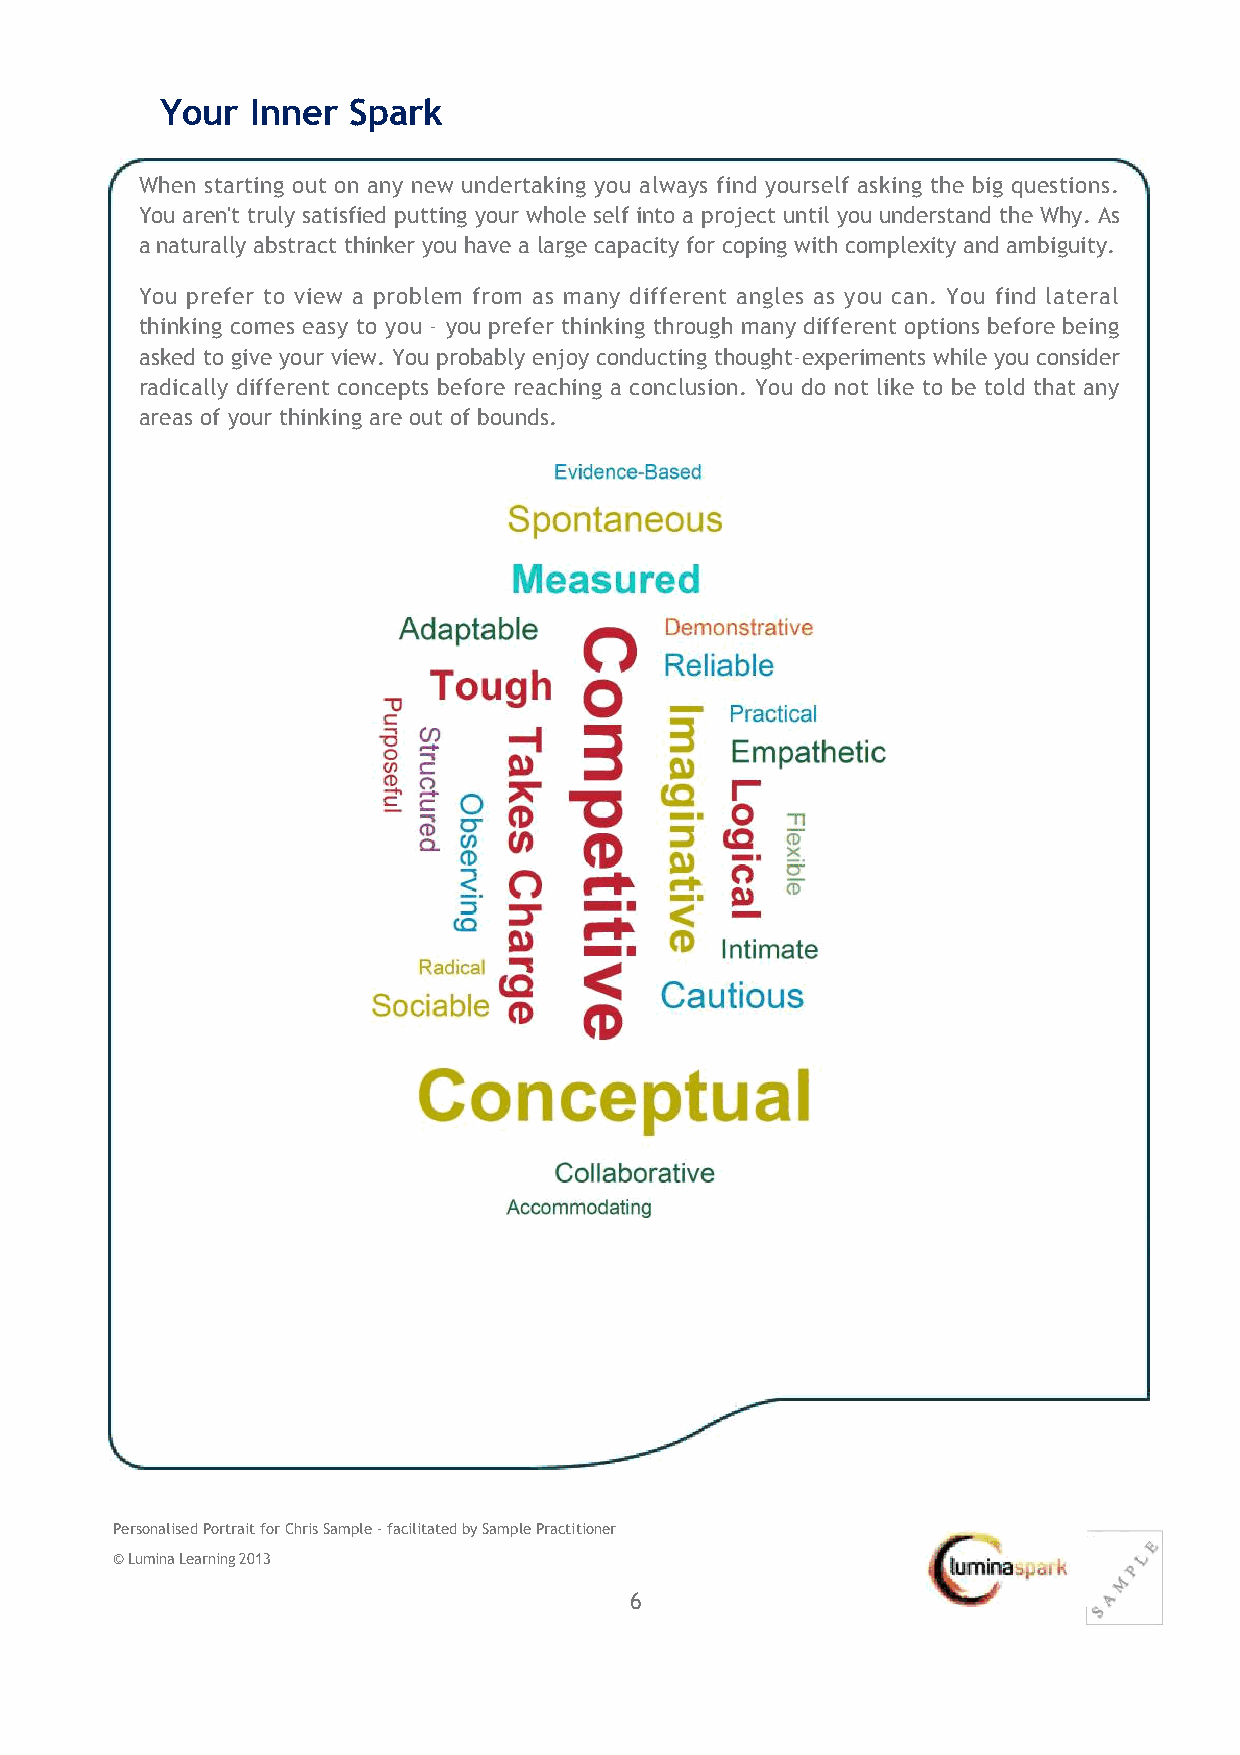
Your  Inner Spark
 When starting out on any new undertaking you always find yourself asking the big questions.
 You aren't truly satisfied putting your whole self into a project until you understand the Why. As
 a naturally abstract thinker you have a large capacity for coping with complexity and ambiguity.
 You prefer to view a problem from as many different angles as you can. You find lateral
 thinking comes easy to you ‐ you prefer thinking through many different options before being
 asked to give your view. You probably enjoy conducting thought‐experiments while you consider
 radically different concepts before reaching a conclusion. You do not like to be told that any
 areas of your thinking are out of bounds.
 Personalised Portrait for Chris Sample ‐ facilitated by Sample Practitioner
 © Lumina Learning 2013
 6